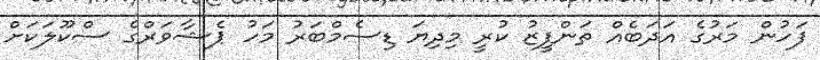
ފަހުން މަރުގެ އަދަބެއް ތަންފީޒު ކުރީ މިދިޔަ ޑިސެމްބަރު މަހު ޕެޝާވަރްގެ ސްކޫލަކަށް